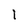
Character: I